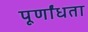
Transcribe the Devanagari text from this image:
पूर्णांधता